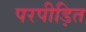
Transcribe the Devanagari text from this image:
परपीड़ित